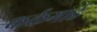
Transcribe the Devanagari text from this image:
कर्कगार्ड